Civil Veterinary Dept. Bombay admin report 1923-31 - 1923-1931
Year: 1923
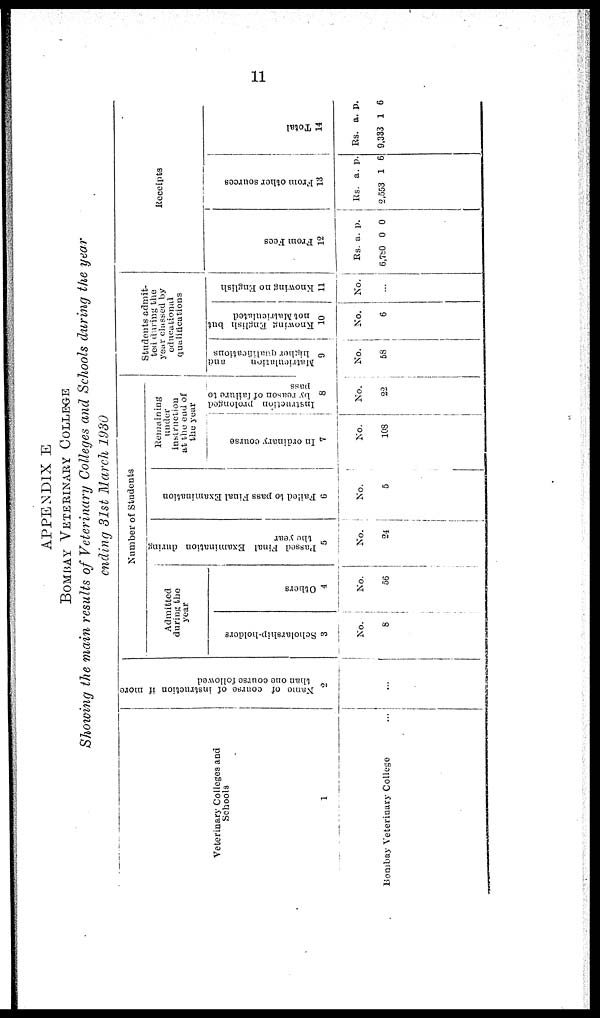
11
APPENDIX E
BOMBAY VETERINARY COLLEGE
Showing the main results of Veterinary Colleges and Schools during the year
ending 31st March 1930
Veterinary Colleges and
Schools
1
Bombay Veterinary College
Name of course of instruction if more
than one course followed
2
...
Number of Students
Admitted
during the
year
Scholarship-holders
3
No.
8
Others
4
No.
56
Passed Final Examination during
the year
5
No.
24
Failed to pass Final Examination
6
No.
5
Remaining
under
instruction
at the end of
the year
In ordinary course
7
No.
108
Instruction prolonged
by reason of failure to
pass
8
No.
22
Students admit-
ted daring the
year classed by
educational
qualifications
Matriculation
and
higher qualifications
9
No.
58
Knowing English but
not Matriculated
10
No.
6
Knowing no English
11
No.
...
Receipts
From Fees
12
Rs.
6,780
a.
0
p.
0
Fr om ot her s our c e s
13
Rs.
2,553
a.
1
p.
6
Tot al
14
Rs.
9,333
a.
1
p.
6